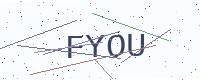
Text: FYOU